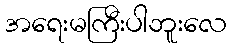
အရေးမကြီးပါဘူးလေ